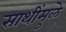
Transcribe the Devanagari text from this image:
साथींमुळे